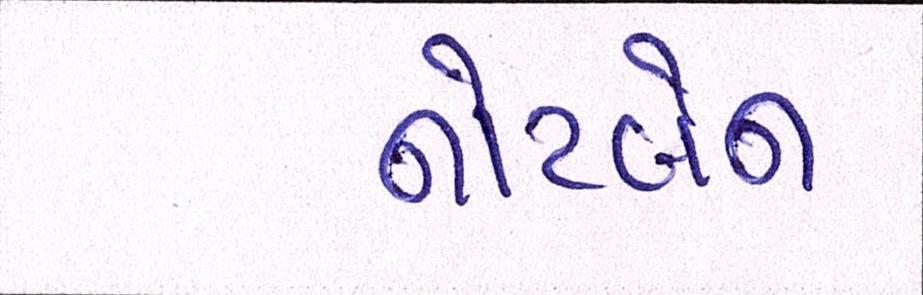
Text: નોટબેન